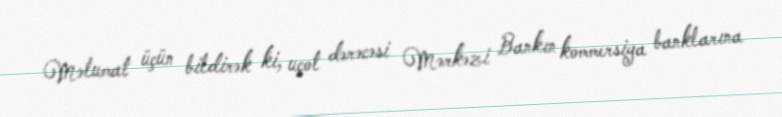
Məlumat üçün bildirək ki, uçot dərəcəsi Mərkəzi Bankın kommersiya banklarına